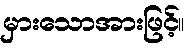
မှားသောအားဖြင့်။